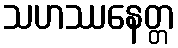
သဟဿနေတ္တ